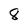
Character: 8